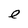
Character: e